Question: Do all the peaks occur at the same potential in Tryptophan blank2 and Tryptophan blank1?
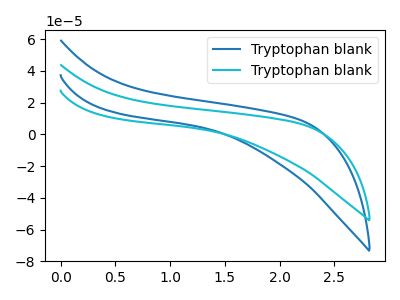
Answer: <think>The blue curve "Tryptophan blank1" has no peaks. The cyan curve "Tryptophan blank2" has no peaks.</think>
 <answer>Niether CV has any peaks.</answer>
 <eval>blanks</eval>